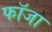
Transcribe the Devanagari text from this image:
फॉजा